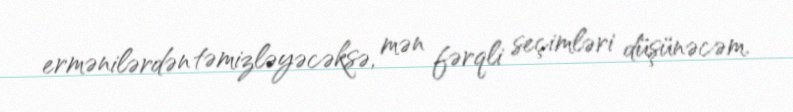
ermənilərdən təmizləyəcəksə, mən fərqli seçimləri düşünəcəm.